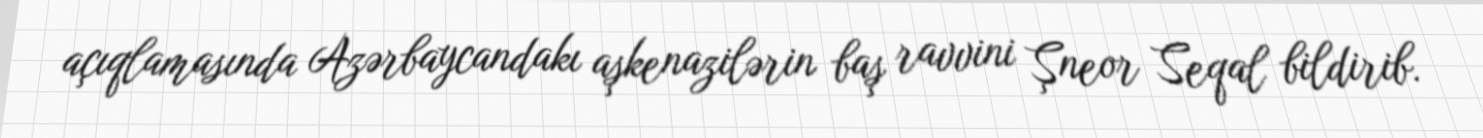
açıqlamasında Azərbaycandakı aşkenazilərin baş ravvini Şneor Seqal bildirib.